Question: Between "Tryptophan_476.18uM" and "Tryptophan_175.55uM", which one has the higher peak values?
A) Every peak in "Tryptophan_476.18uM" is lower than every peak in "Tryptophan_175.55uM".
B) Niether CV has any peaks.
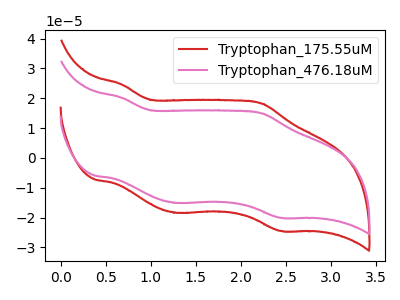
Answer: <think>The red curve "Tryptophan_175.55uM" has anodic peaks at (0.70V, 24.65uA) (2.25V, 18.25uA) and cathodic peaks at (1.30V, -18.40uA) (2.45V, -24.50uA). The pink curve "Tryptophan_476.18uM" has anodic peaks at (0.70V, 20.20uA) (2.25V, 14.95uA) and cathodic peaks at (1.30V, -15.10uA) (2.45V, -20.10uA).</think>
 <answer>A) Every peak in "Tryptophan_476.18uM" is lower than every peak in "Tryptophan_175.55uM".</answer>
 <eval>A</eval>